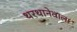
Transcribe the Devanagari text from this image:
थरथानेवाला